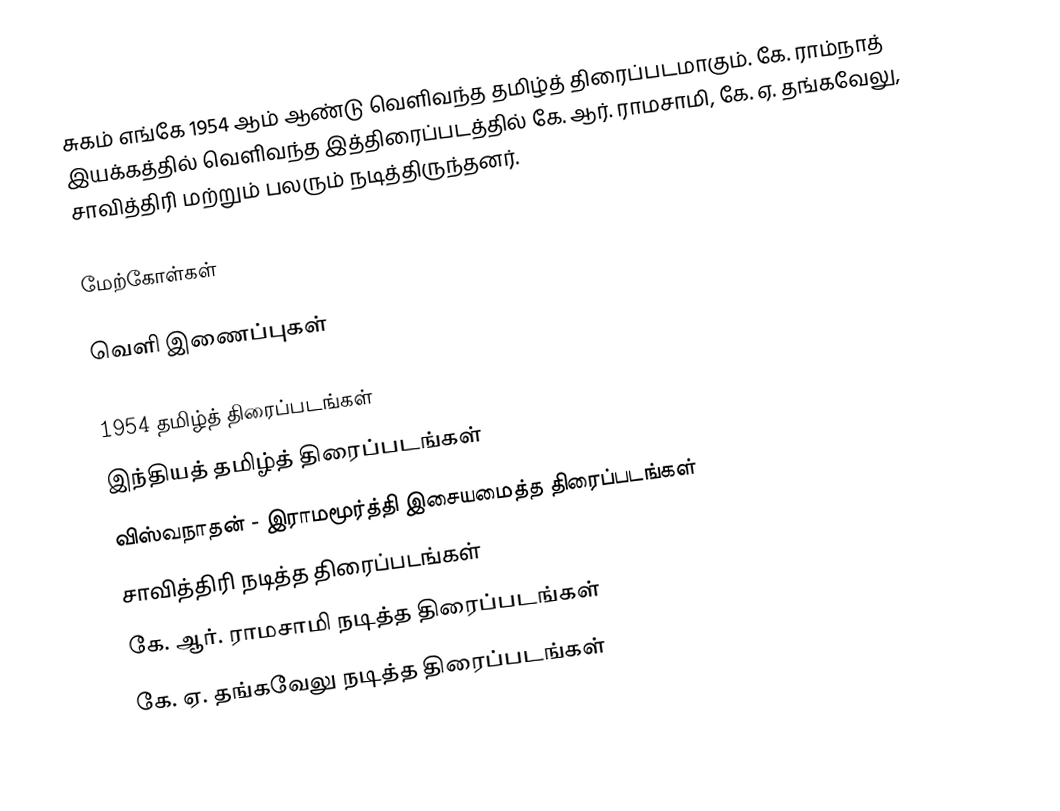
சுகம் எங்கே 1954 ஆம் ஆண்டு வெளிவந்த தமிழ்த் திரைப்படமாகும். கே. ராம்நாத் இயக்கத்தில் வெளிவந்த இத்திரைப்படத்தில் கே. ஆர். ராமசாமி, கே. ஏ. தங்கவேலு, சாவித்திரி  மற்றும் பலரும் நடித்திருந்தனர்.

மேற்கோள்கள்

வெளி இணைப்புகள்

1954 தமிழ்த் திரைப்படங்கள்
இந்தியத் தமிழ்த் திரைப்படங்கள்
விஸ்வநாதன் - இராமமூர்த்தி இசையமைத்த திரைப்படங்கள்
சாவித்திரி நடித்த திரைப்படங்கள்
கே. ஆர். ராமசாமி நடித்த திரைப்படங்கள்
கே. ஏ. தங்கவேலு நடித்த திரைப்படங்கள்